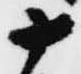
十